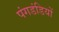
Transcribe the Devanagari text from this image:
पंगडंडियों